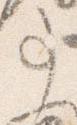
事